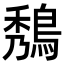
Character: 𪁮